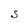
Character: S